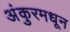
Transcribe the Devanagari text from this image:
अंकुरमधून